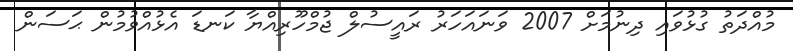
މުއްދަތު ގުޅުވައި ދިނުމަށް 2007 ވަނައަހަރު ރައީސުލް ޖުމްހޫރިއްޔާ ކަނޑަ އެޅުއްވުމުން ޙަސަން